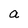
Character: a